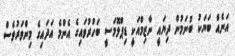
އަނެއް ބަޔަކު ބުނަމުން ދިޔައީ ނާޒިމްއަކީ ޑިޕްލޮމަސީ ބަހުރުވައިގެ އެންމެ އަދައިގެ މިންވަރުވެސް